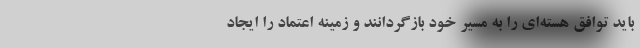
باید توافق هسته‌ای را به مسیر خود بازگردانند و زمینه اعتماد را ایجاد